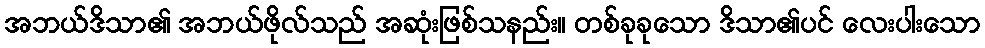
အဘယ်ဒိသာ၏ အဘယ်ဖိုလ်သည် အဆုံးဖြစ်သနည်း။ တစ်ခုခုသော ဒိသာ၏ပင် လေးပါးသော